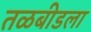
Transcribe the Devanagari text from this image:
तळबीडला